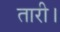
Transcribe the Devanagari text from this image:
तारी।